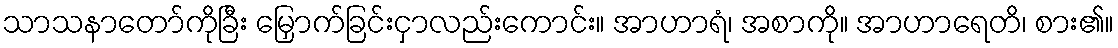
သာသနာတော်ကိုခြီး မြှောက်ခြင်းငှာလည်းကောင်း။ အာဟာရံ၊ အစာကို။ အာဟာရေတိ၊ စား၏။